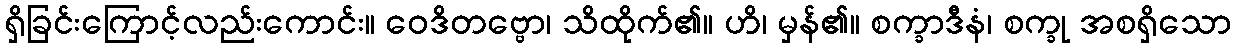
ရှိခြင်းကြောင့်လည်းကောင်း။ ဝေဒိတဗ္ဗော၊ သိထိုက်၏။ ဟိ၊ မှန်၏။ စက္ခာဒီနံ၊ စက္ခု အစရှိသော